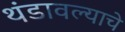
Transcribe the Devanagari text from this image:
थंडावल्याचे